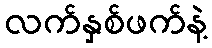
လက်နှစ်ဖက်နဲ့